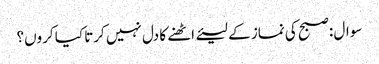
سوال :صبح کی نماز کے لیئے اٹھنے کا دل نہیں کرتا کیا کروں؟